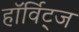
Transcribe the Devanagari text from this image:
हॉर्विट्ज